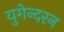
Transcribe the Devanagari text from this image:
युगेन्दरन